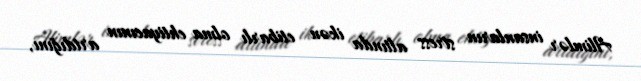
Alimlər insanların stress altında ikən etibarlı olma ehtiyacının artdığını,